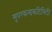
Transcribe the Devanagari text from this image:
सुपरकन्डकटिविटी